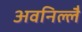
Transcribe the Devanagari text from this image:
अवनिल्लै